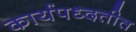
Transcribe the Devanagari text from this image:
कार्यपध्दतीत